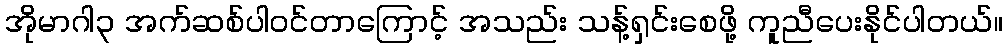
အိုမာဂါ၃ အက်ဆစ်ပါဝင်တာကြောင့် အသည်း သန့်ရှင်းစေဖို့ ကူညီပေးနိုင်ပါတယ်။